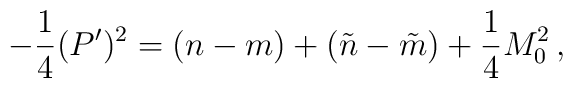
- \frac{1}{4} (P')^{2} =           (n -m) +(\tilde{n} - \tilde{m}) + \frac{1}{4}M_{0}^{2} \,,